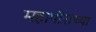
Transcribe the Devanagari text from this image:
महापौराच्या